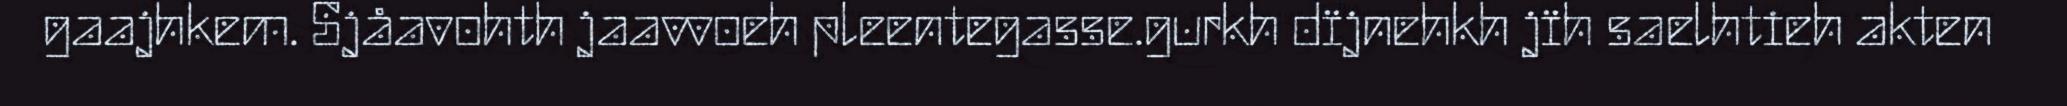
gaajhkem. Sjåavohth jaavvoeh pleentegasse.gurkh dïjnehkh jïh saelhtieh akten